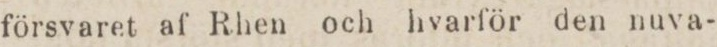
försvaret af Rhen och hvarför den nuva-